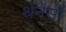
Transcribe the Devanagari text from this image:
थेनेसों